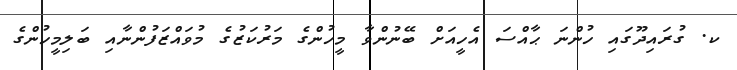
ކ. ގުރައިދޫގައި ހުންނަ ޙާއްސަ އެހީއަށް ބޭނުންވާ މީހުންގެ މަރުކަޒުގެ މުވައްޒަފުންނާއި ބަލިމީހުންގެ